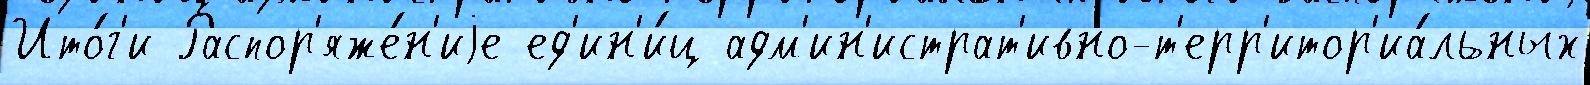
Ито́г'и Распор'яже́н'иjе ед'ин'и́ц адм'ин'истрат'ивно-т'ерр'итор'иа́льных